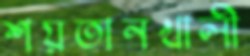
শয়তানখালী